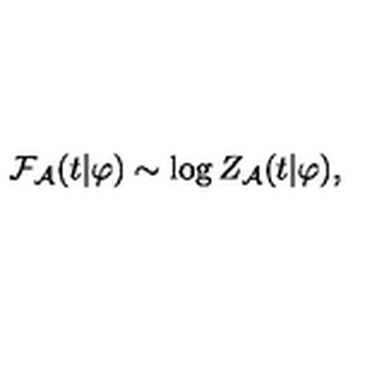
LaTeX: { \cal F } _ { \cal A } ( t | \varphi ) \sim \log Z _ { \cal A } ( t | \varphi ) ,